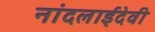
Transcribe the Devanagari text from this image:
नांदलाईदेवी